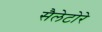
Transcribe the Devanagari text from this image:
सैलेटोरे